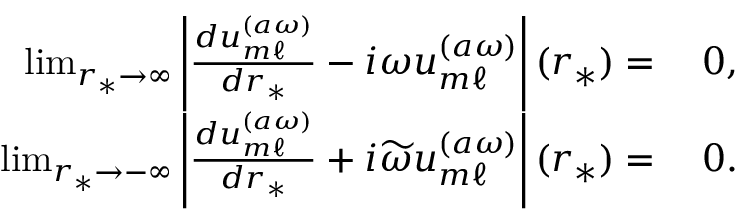
\begin{array} { r l } { \operatorname* { l i m } _ { r _ { * } \to \infty } \left| \frac { d u _ { m \ell } ^ { ( a \omega ) } } { d r _ { * } } - i \omega u _ { m \ell } ^ { ( a \omega ) } \right| ( r _ { * } ) = } & { \: 0 , } \\ { \operatorname* { l i m } _ { r _ { * } \to - \infty } \left| \frac { d u _ { m \ell } ^ { ( a \omega ) } } { d r _ { * } } + i \widetilde { \omega } u _ { m \ell } ^ { ( a \omega ) } \right| ( r _ { * } ) = } & { \: 0 . } \end{array}